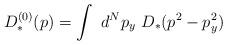
LaTeX: \begin{align*}D_*^{(0)}(p) = \int~d^N p_y ~D_* (p^2 - p_y^2)\end{align*}